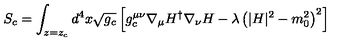
S _ { c } = \int _ { z = z _ { c } } d ^ { 4 } x \sqrt { g _ { c } } \left[ g _ { c } ^ { \mu \nu } \nabla _ { \mu } H ^ { \dagger } \nabla _ { \nu } H - \lambda \left( | H | ^ { 2 } - m _ { 0 } ^ { 2 } \right) ^ { 2 } \right]